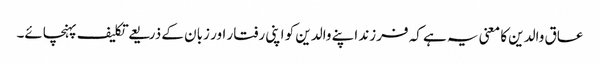
عاق والدین کا معنی یہ ہے کہ فرزند اپنے والدین کو اپنی رفتار اور زبان کے ذریعے تکلیف پہنچائے۔